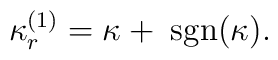
\kappa^{(1)}_r=\kappa+\; \mbox{sgn}(\kappa).